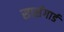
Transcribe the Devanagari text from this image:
सार्सगार्ड